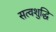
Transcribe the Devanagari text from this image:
सत्वशुद्धि